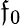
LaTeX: \mathfrak{f}_{\mathrm{{0}}}